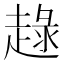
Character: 趢